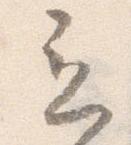
立